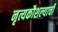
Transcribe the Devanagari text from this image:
नृत्यकौशल्याची